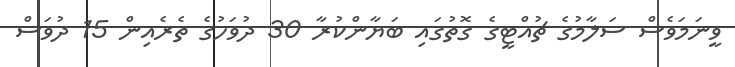
ވީނަމަވެސް ސަލާމުގެ ޗުއްޓީގެ ގޮތުގައި ބަޔާންކުރާ 30 ދުވަހުގެ ތެރެއިން 15 ދުވަސް